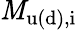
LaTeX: \mathit{M}_{\mathrm{{u(d),i}}}